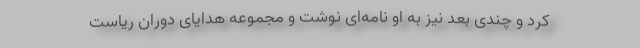
كرد و چندی بعد نیز به او نامه‌ای نوشت و مجموعه هدایای دوران ریاست